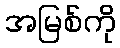
အမြစ်ကို